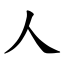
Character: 人